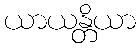
ယာယန္တိယာ